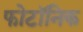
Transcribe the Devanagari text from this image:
फोटॉनिक